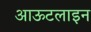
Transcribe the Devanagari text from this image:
आऊटलाइन